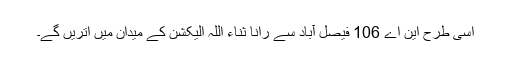
اسی طرح این اے 106 فیصل آباد سے رانا ثناء اللہ الیکشن کے میدان میں اتریں گے۔